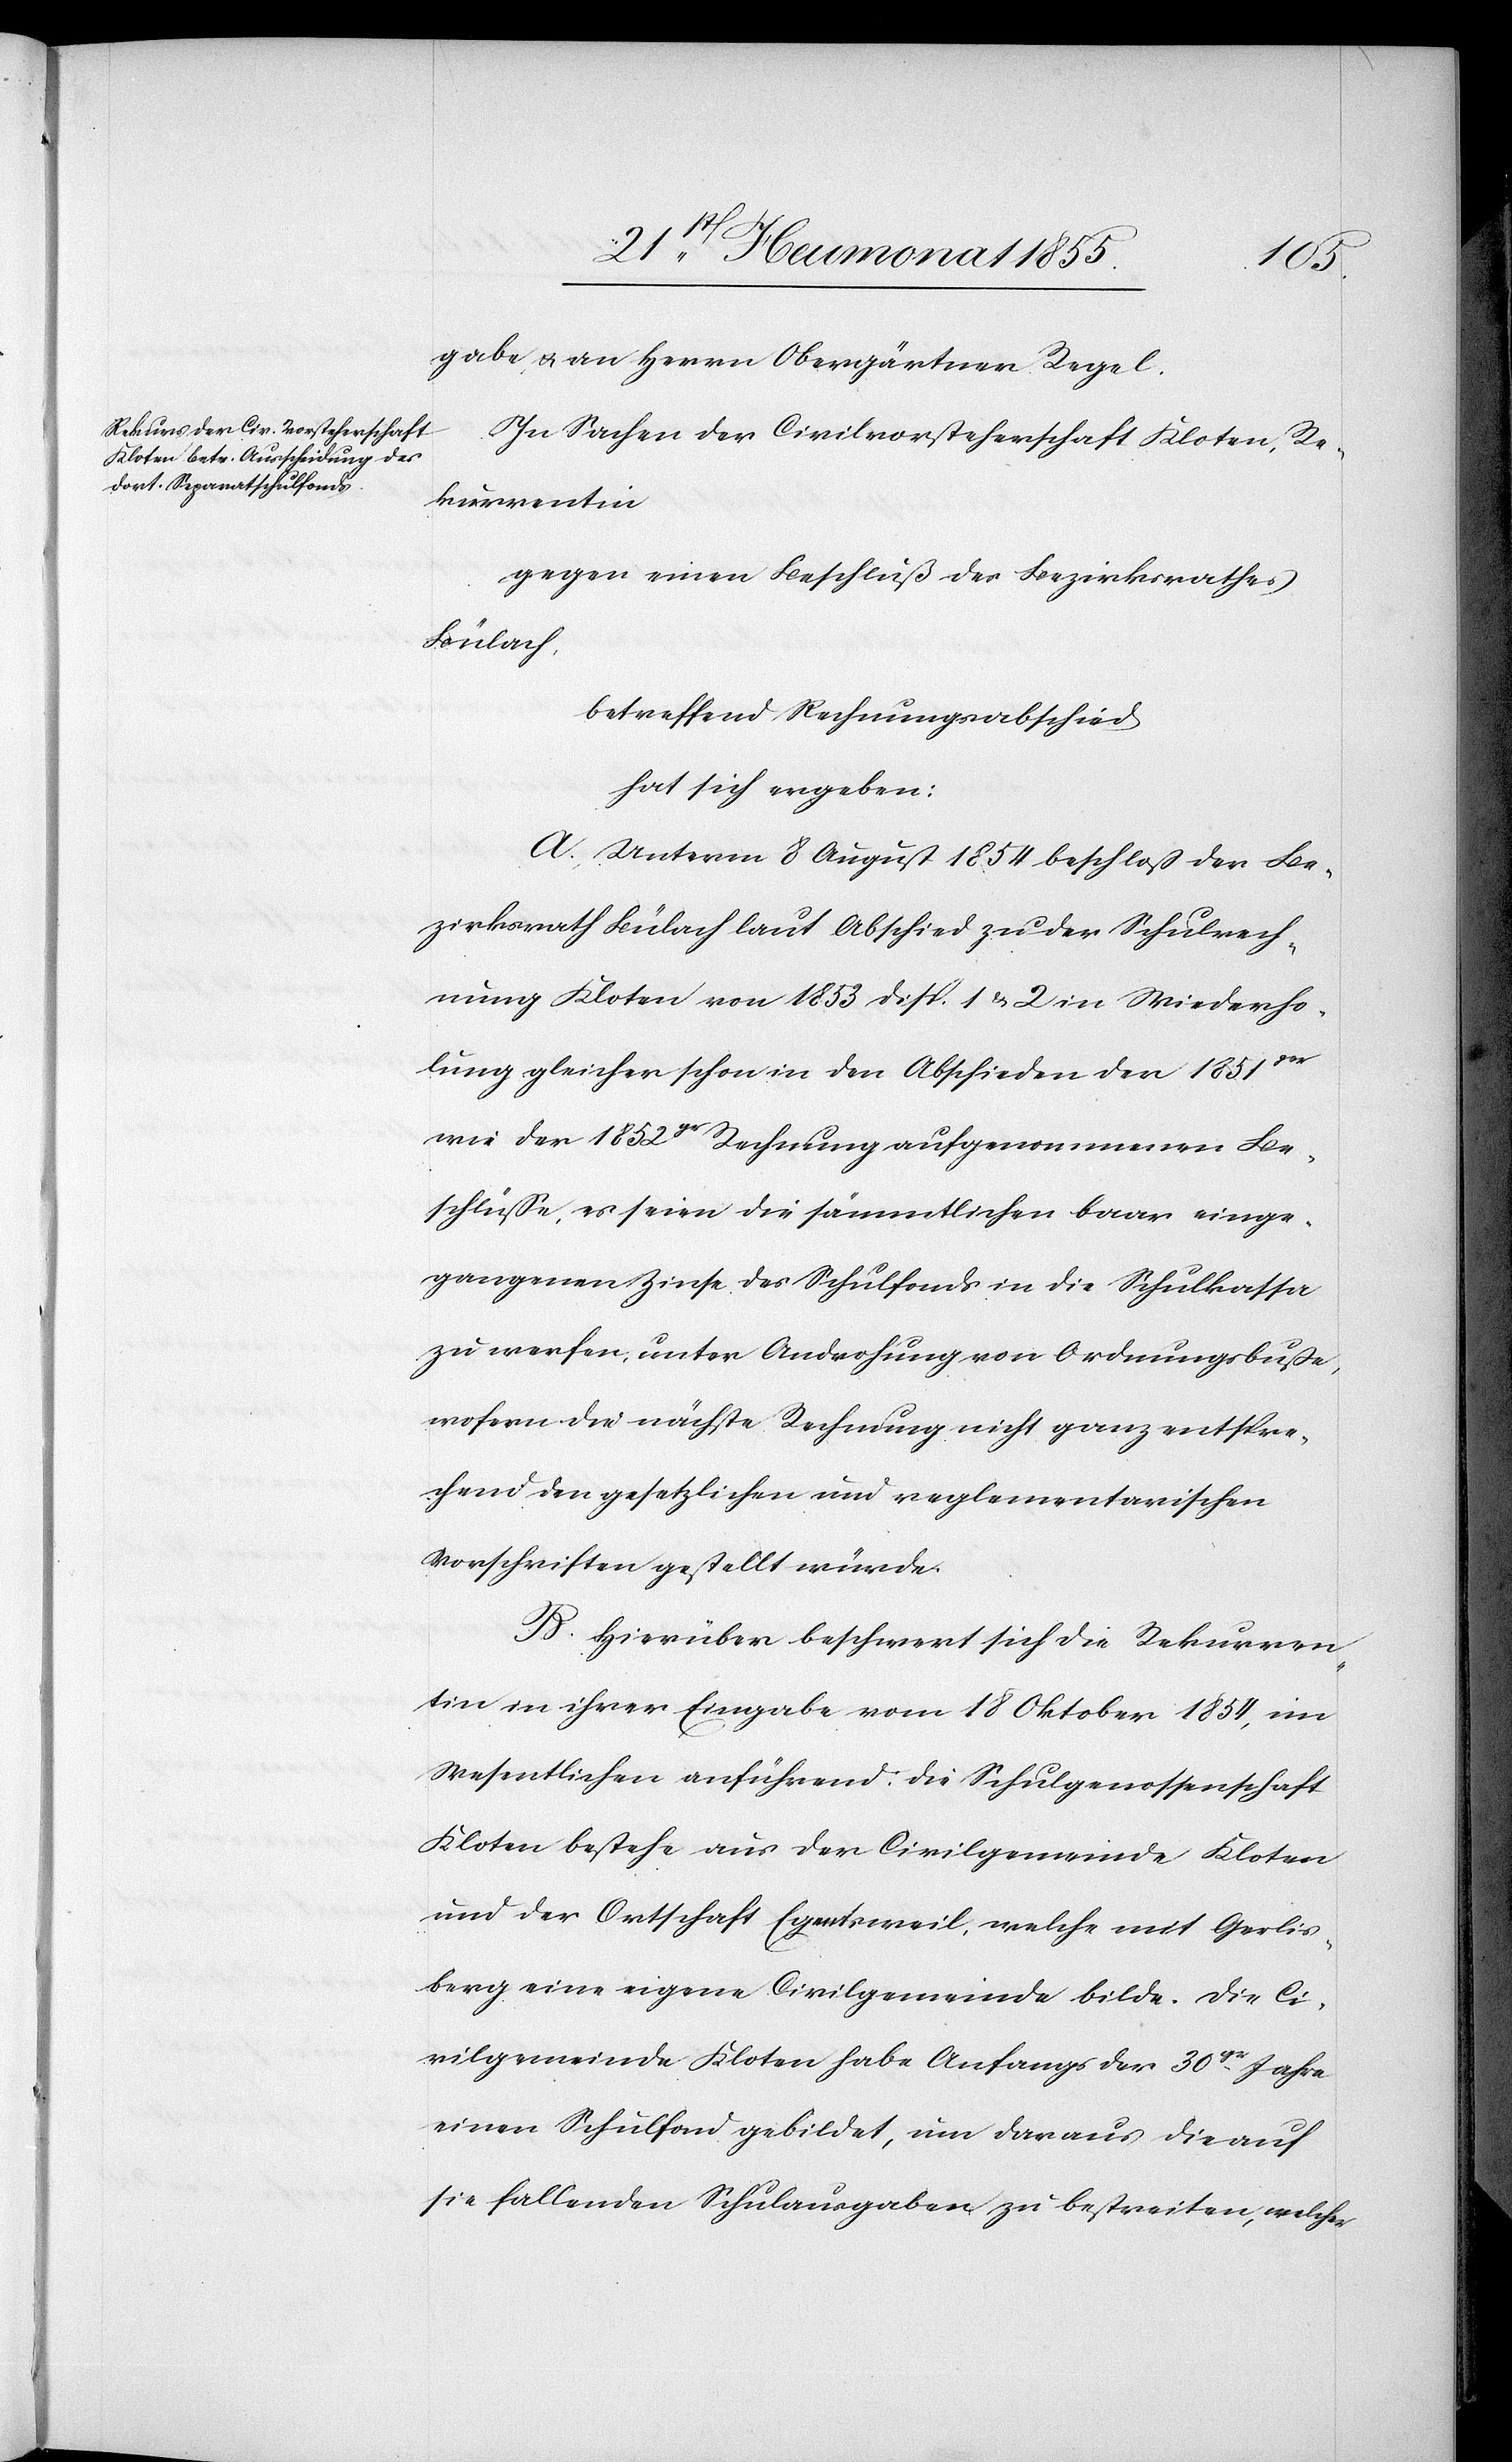
[ni¬
ß]gabe, & an Herrn Obergärtner Regel.
In Sachen der Civilvorsteherschaft Kloten, Re¬
kurrentin
gegen einen Beschluß des Bezirksrathes
Bülach,
betreffend Rechnungsabschied
hat sich ergeben:
A. Unterm 8 August 1854 beschloß der Be¬
zirksrath Bülach laut Abschied zu der Schulrech¬
nung Kloten von 1853 Disp. 1 & 2 in Wiederho¬
lung gleicher schon in den Abschieden der 1851ger
wie der 1852gr Rechnung aufgenommenen Be¬
schlüsse, es seien die sämmtlichen baar einge¬
gangenen Zinse des Schulfonds in die Schulkassa
zu werfen, unter Androhung von Ordnungsbuße,
wofern die nächste Rechnung nicht ganz entspre¬
chend den gesetzlichen und reglementarischen
Vorschriften gestellt würde.
B. Hierüber beschwert sich die Rekurren¬
tin in ihrer Eingabe vom 18 Oktober 1854, im
Wesentlichen anführend: die Schulgenossenschaft
Kloten bestehe aus der Civilgemeinde Kloten
und der Ortschaft Egentsweil, welche mit Gerlis¬
berg eine eigene Civilgemeinde bilde. Die Ci¬
vilgemeinde Kloten habe Anfangs der 30gr. Jahre
einen Schulfond gebildet, um daraus die auf
sie fallenden Schulausgaben zu bestreiten, welcher